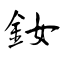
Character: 釹